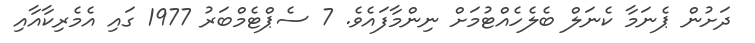
ދަށުން ޕެނަމާ ކެނަލް ބެލެހެއްޓުމަށް ނިންމާފައެވެ. 7 ސެޕްޓެމްބަރު 1977 ގައި އެމެރިކާއާއި